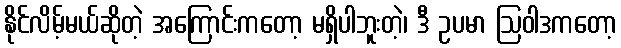
နိုင်လိမ့်မယ်ဆိုတဲ့ အကြောင်းကတော့ မရှိပါဘူးတဲ့၊ ဒီ ဥပမာ ဩဝါဒကတော့